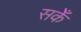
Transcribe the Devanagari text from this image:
सकेँ